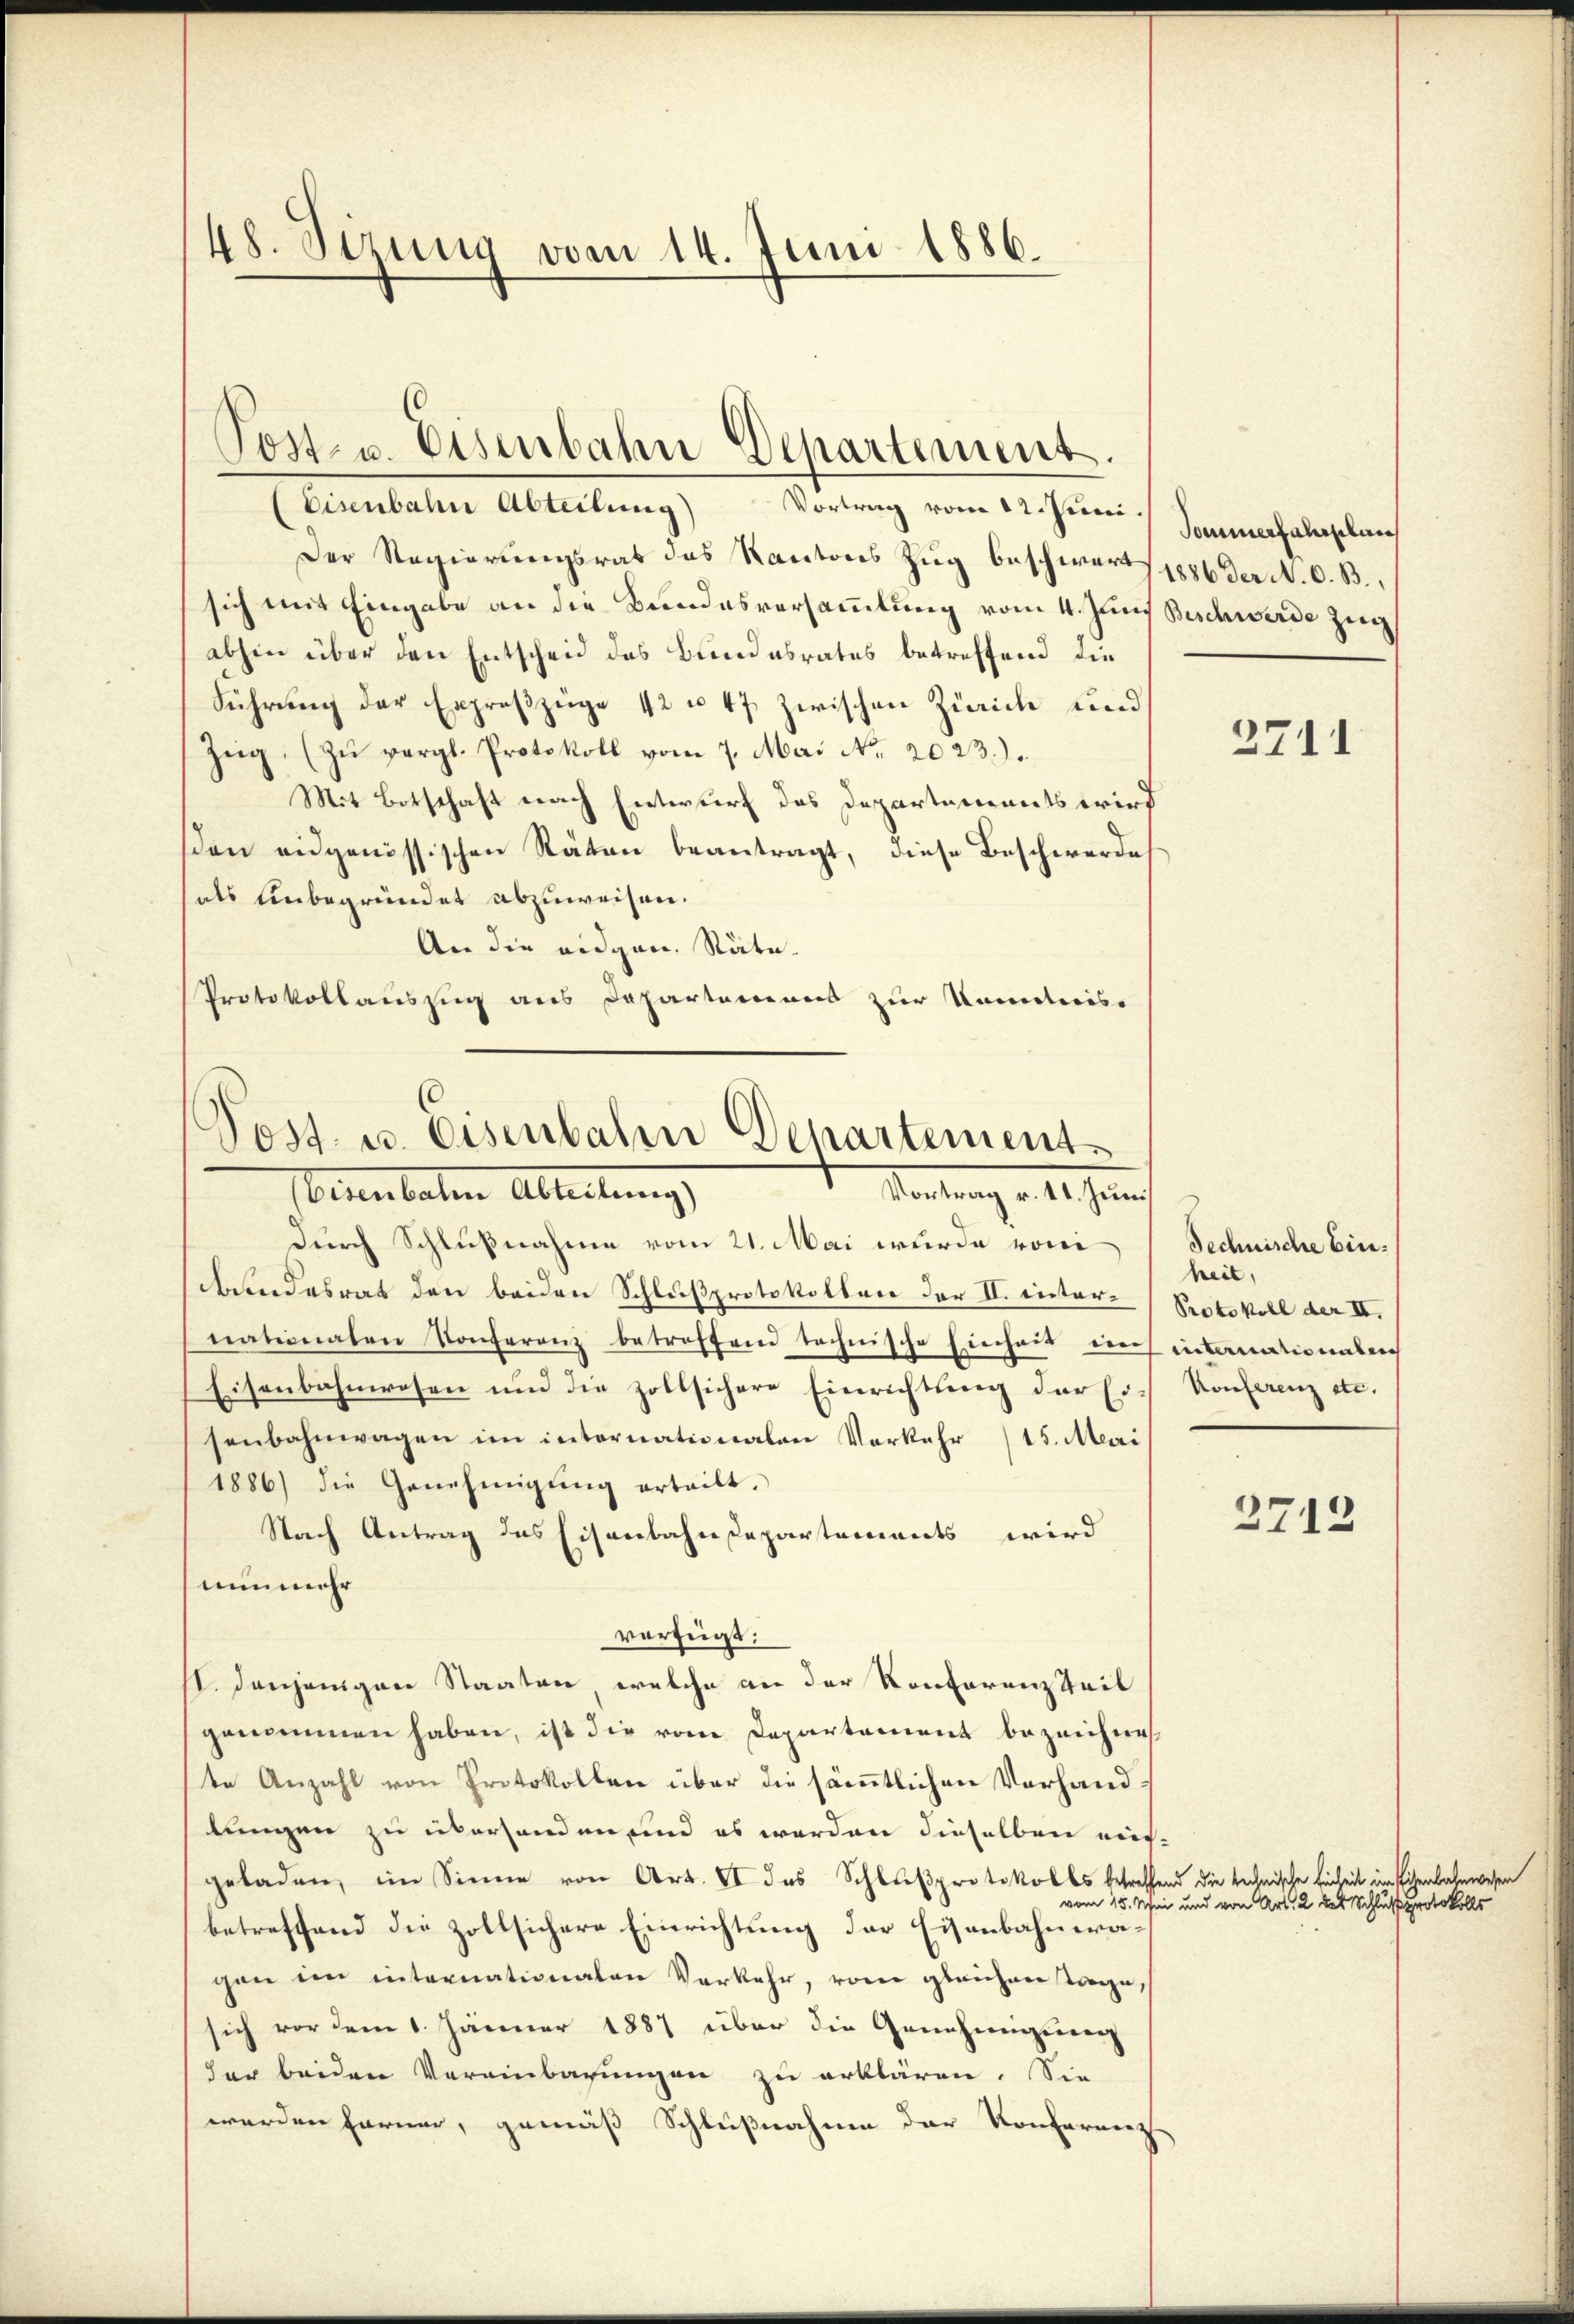
48. Sizung vom 14. Juni 1886.

Eisenbahn Abteilung) Vortrag vom 12. Juni.
Der Regierungsrat das Kantons Zug beschwert 1886 der A. O. B.,
sich mit Eingabe an die Bundesversammlung vom 4. Juni Beschwerde zur
abhin über den Entscheid des Bundesrates betreffend die
Führung der Erpreßzüge 42 u. 47 zwischen Zürich und
Zŭg, (zu vergl. Protokoll vom 7. Mai No. 2023.)
Mit Botschaft nach Entwurf des Departements wird
den eidgenössischen Räten beantragt, diese Beschwerde
als unbegründet abzuweisen.
An die eidgen. Räte
Protokollauszug aus Departemens zur Kenntnis-

Post- u. Eisenbahn Departement.

bundesrat den beiden Schlußprotokollen der II. inter-Protokoll der III.
nationalen Konferenz betroffend technische Einheit ins internationabach
Eisenbahnwesen und die zollsichere Einrichtung der Ersenbahnwagen im internationalen Vorkehr (15. Meri
1886) die Genehmigŭng erteilt.
Nach Antrag des Eisenbahndepartements wird
nunmehr
verzeigt:
II. Denjenigen Staaten, welche an der Konferenz Teil
genommen haben, ist die vom Departement bezeichne
te Anzahl von Protokollen über die sämtlichen Vorhandlungen zu überhanden, und es werden dieselben reich-
geladen, im Sinne von Art. II des Schlußprotokolls betreffend die technische Einheit im Eisenbahnwesen
betreffend die zollsichere Einrichtung der Eisenbahneragen im internationalen Verkehr, vom gleichen tage,
sich vor dem 1. Jänner 1887 über die Genehmigung
der beiden Vereinbarungen zu erklären. Sie
werden ferner, gemäß Schlußnahme der Konferenze

Post. u. Eisenbahn Departements
Mitung d. 1. Jauch
Eisenbaten Abteilung
durch Schlußnahme vom 21. Mai wurde vom

Sommerfahrplan

3711

Technische Einheit,
Konferenz etc.

2712

vom 15. Mai und von Art. 2 des Schluß protokolls